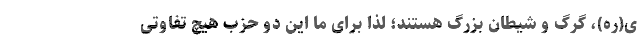
ی(ره)، گرگ و شیطان بزرگ هستند؛ لذا برای ما این دو حزب هیچ تفاوتی